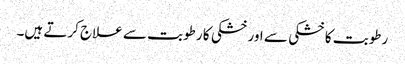
رطوبت کا خشکی سے اور خشکی کا رطوبت سے علاج کرتے ہیں۔